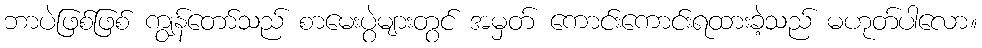
ဘာပဲဖြစ်ဖြစ် ကျွန်တော်သည် စာမေးပွဲများတွင် အမှတ် ကောင်းကောင်းရထားခဲ့သည် မဟုတ်ပါလော။